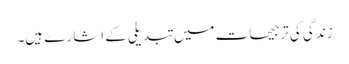
زندگی کی ترجیحات میں تبدیلی کے اشارے ہیں۔